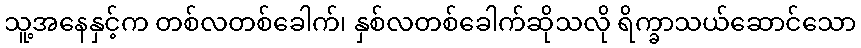
သူ့အနေနှင့်က တစ်လတစ်ခေါက်၊ နှစ်လတစ်ခေါက်ဆိုသလို ရိက္ခာသယ်ဆောင်သော